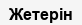
Жетерін